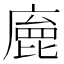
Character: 𢊩